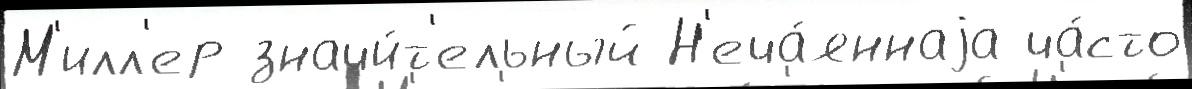
М'илл'ер значи́т'ельный Н'еча́яннаjа ча́сто